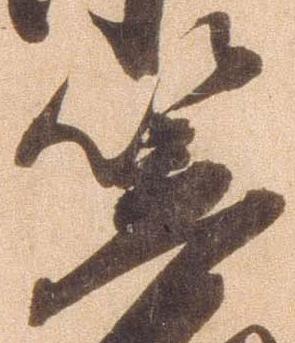
笠